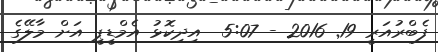
ފެބްރުއަރީ 19